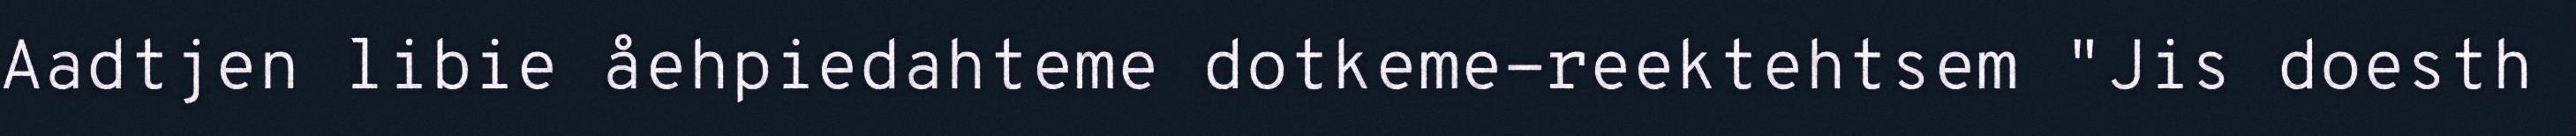
Aadtjen libie åehpiedahteme dotkeme-reektehtsem "Jis doesth